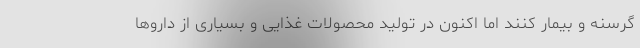
گرسنه و بیمار کنند اما اکنون در تولید محصولات غذایی و بسیاری از داروها